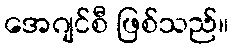
အေဂျင်စီ ဖြစ်သည်။